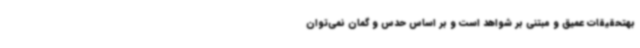
بهتحقیقات عمیق و مبتنی بر شواهد است و بر اساس حدس و گمان نمی‌توان